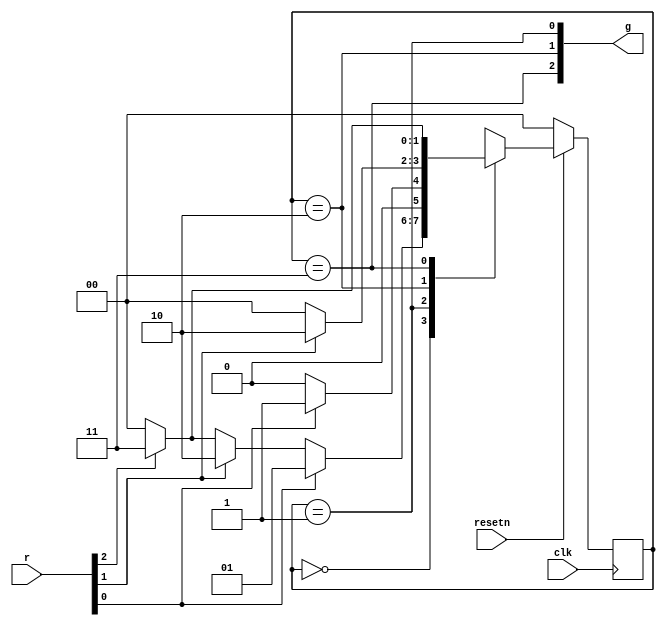
module top_module (
    input clk,
    input resetn,    // active-low synchronous reset
    input [3:1] r,   // request
    output [3:1] g   // grant
); 
	parameter A=0, B=1, C=2, D=3;
    reg [1:0] state, next;
    
    always @(*) begin
        case (state)
            A: next = r[1]?B:(r[2]?C:(r[3]?D:A));
            B: next = r[1]?B:A;
            C: next = r[2]?C:A;
            D: next = r[3]?D:A;
        endcase
    end
    
    always @(posedge clk) begin
        if (~resetn)
            state <= A;
        else
            state <= next;
    end
    
    assign g = {state==D, state==C, state==B};
            
endmodule